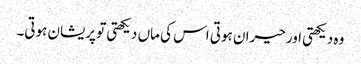
وہ دیکھتی اور حیران ہوتی اس کی ماں دیکھتی تو پریشان ہوتی۔